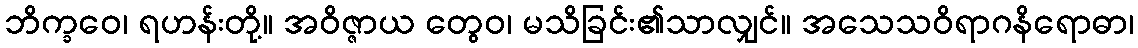
ဘိက္ခဝေ၊ ရဟန်းတို့။ အဝိဇ္ဇာယ တွေဝ၊ မသိခြင်း၏သာလျှင်။ အသေသဝိရာဂနိရောဓာ၊